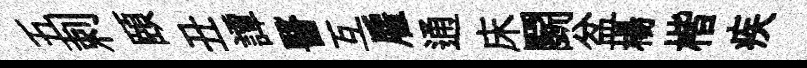
五剌頤丑譚醫互雇通床鬬盆楊楷疾